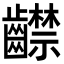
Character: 齽